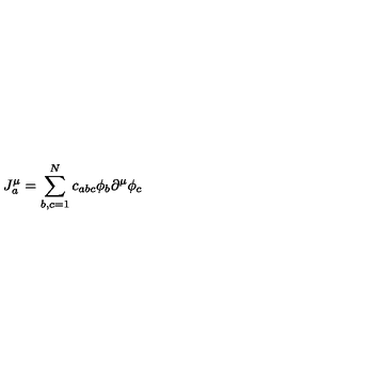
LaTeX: J _ { a } ^ { \mu } = \sum _ { b , c = 1 } ^ { N } c _ { a b c } \phi _ { b } \partial ^ { \mu } \phi _ { c }